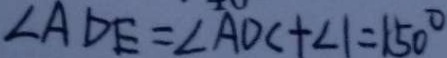
\angle A D E = \angle A D C + \angle 1 = 1 5 0 ^ { \circ }